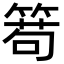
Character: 𥰄